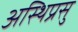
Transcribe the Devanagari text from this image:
अस्थिप्रसु